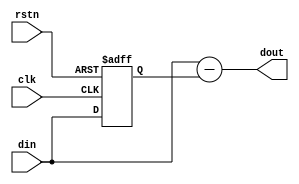
//                              -*- Mode: Verilog -*-
// Description     : parametrized differentiator
// Last Modified By: amr
// Update Count    : 0
// Status          : Unknown, Use with caution!

module differentiator(/*AUTOARG*/
   // Outputs
   dout,
   // Inputs
   clk, rstn, din
   );

   parameter w = 10;

   input clk;
   input rstn;
   input signed [w-1:0] din;
   output signed [w-1:0] dout;


   wire signed [w-1:0] 	 sub_out;
   reg signed [w-1:0] 		 din_reg;

   always @(posedge clk or negedge rstn) begin
      if (rstn==1'b0) begin
	 din_reg <= {w{1'b0}};	 
      end
      else begin
	 din_reg <= din;	 
      end
   end

   assign sub_out = din - din_reg;

   assign dout  = sub_out;
   

endmodule